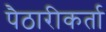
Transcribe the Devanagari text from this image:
पैठारीकर्ता